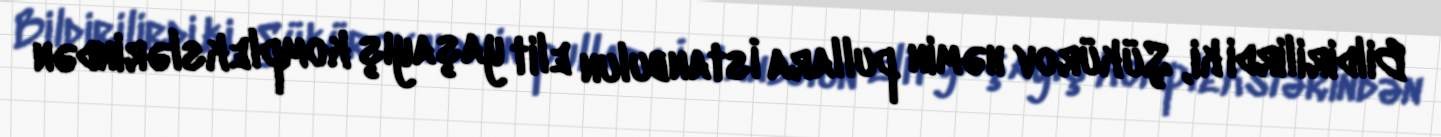
Bildirilirdi ki, Şükürov həmin pullara İstanbulun elit yaşayış komplekslərindən